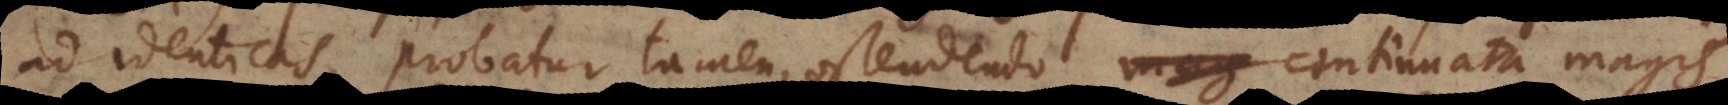
ad identicas, probatur tamen, ostendendo continuata magis